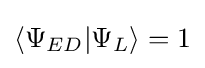
\langle \Psi _{ED}|\Psi _{L}\rangle =1